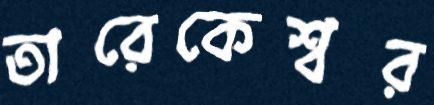
তারেকেশ্বর